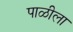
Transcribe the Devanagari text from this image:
पाळीला